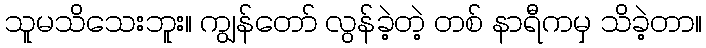
သူမသိသေးဘူး။ ကျွန်တော် လွန်ခဲ့တဲ့ တစ် နာရီကမှ သိခဲ့တာ။